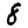
Digit: 8